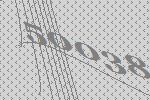
50038